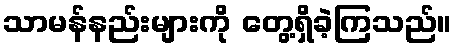
သာမန်နည်းများကို တွေ့ရှိခဲ့ကြသည်။